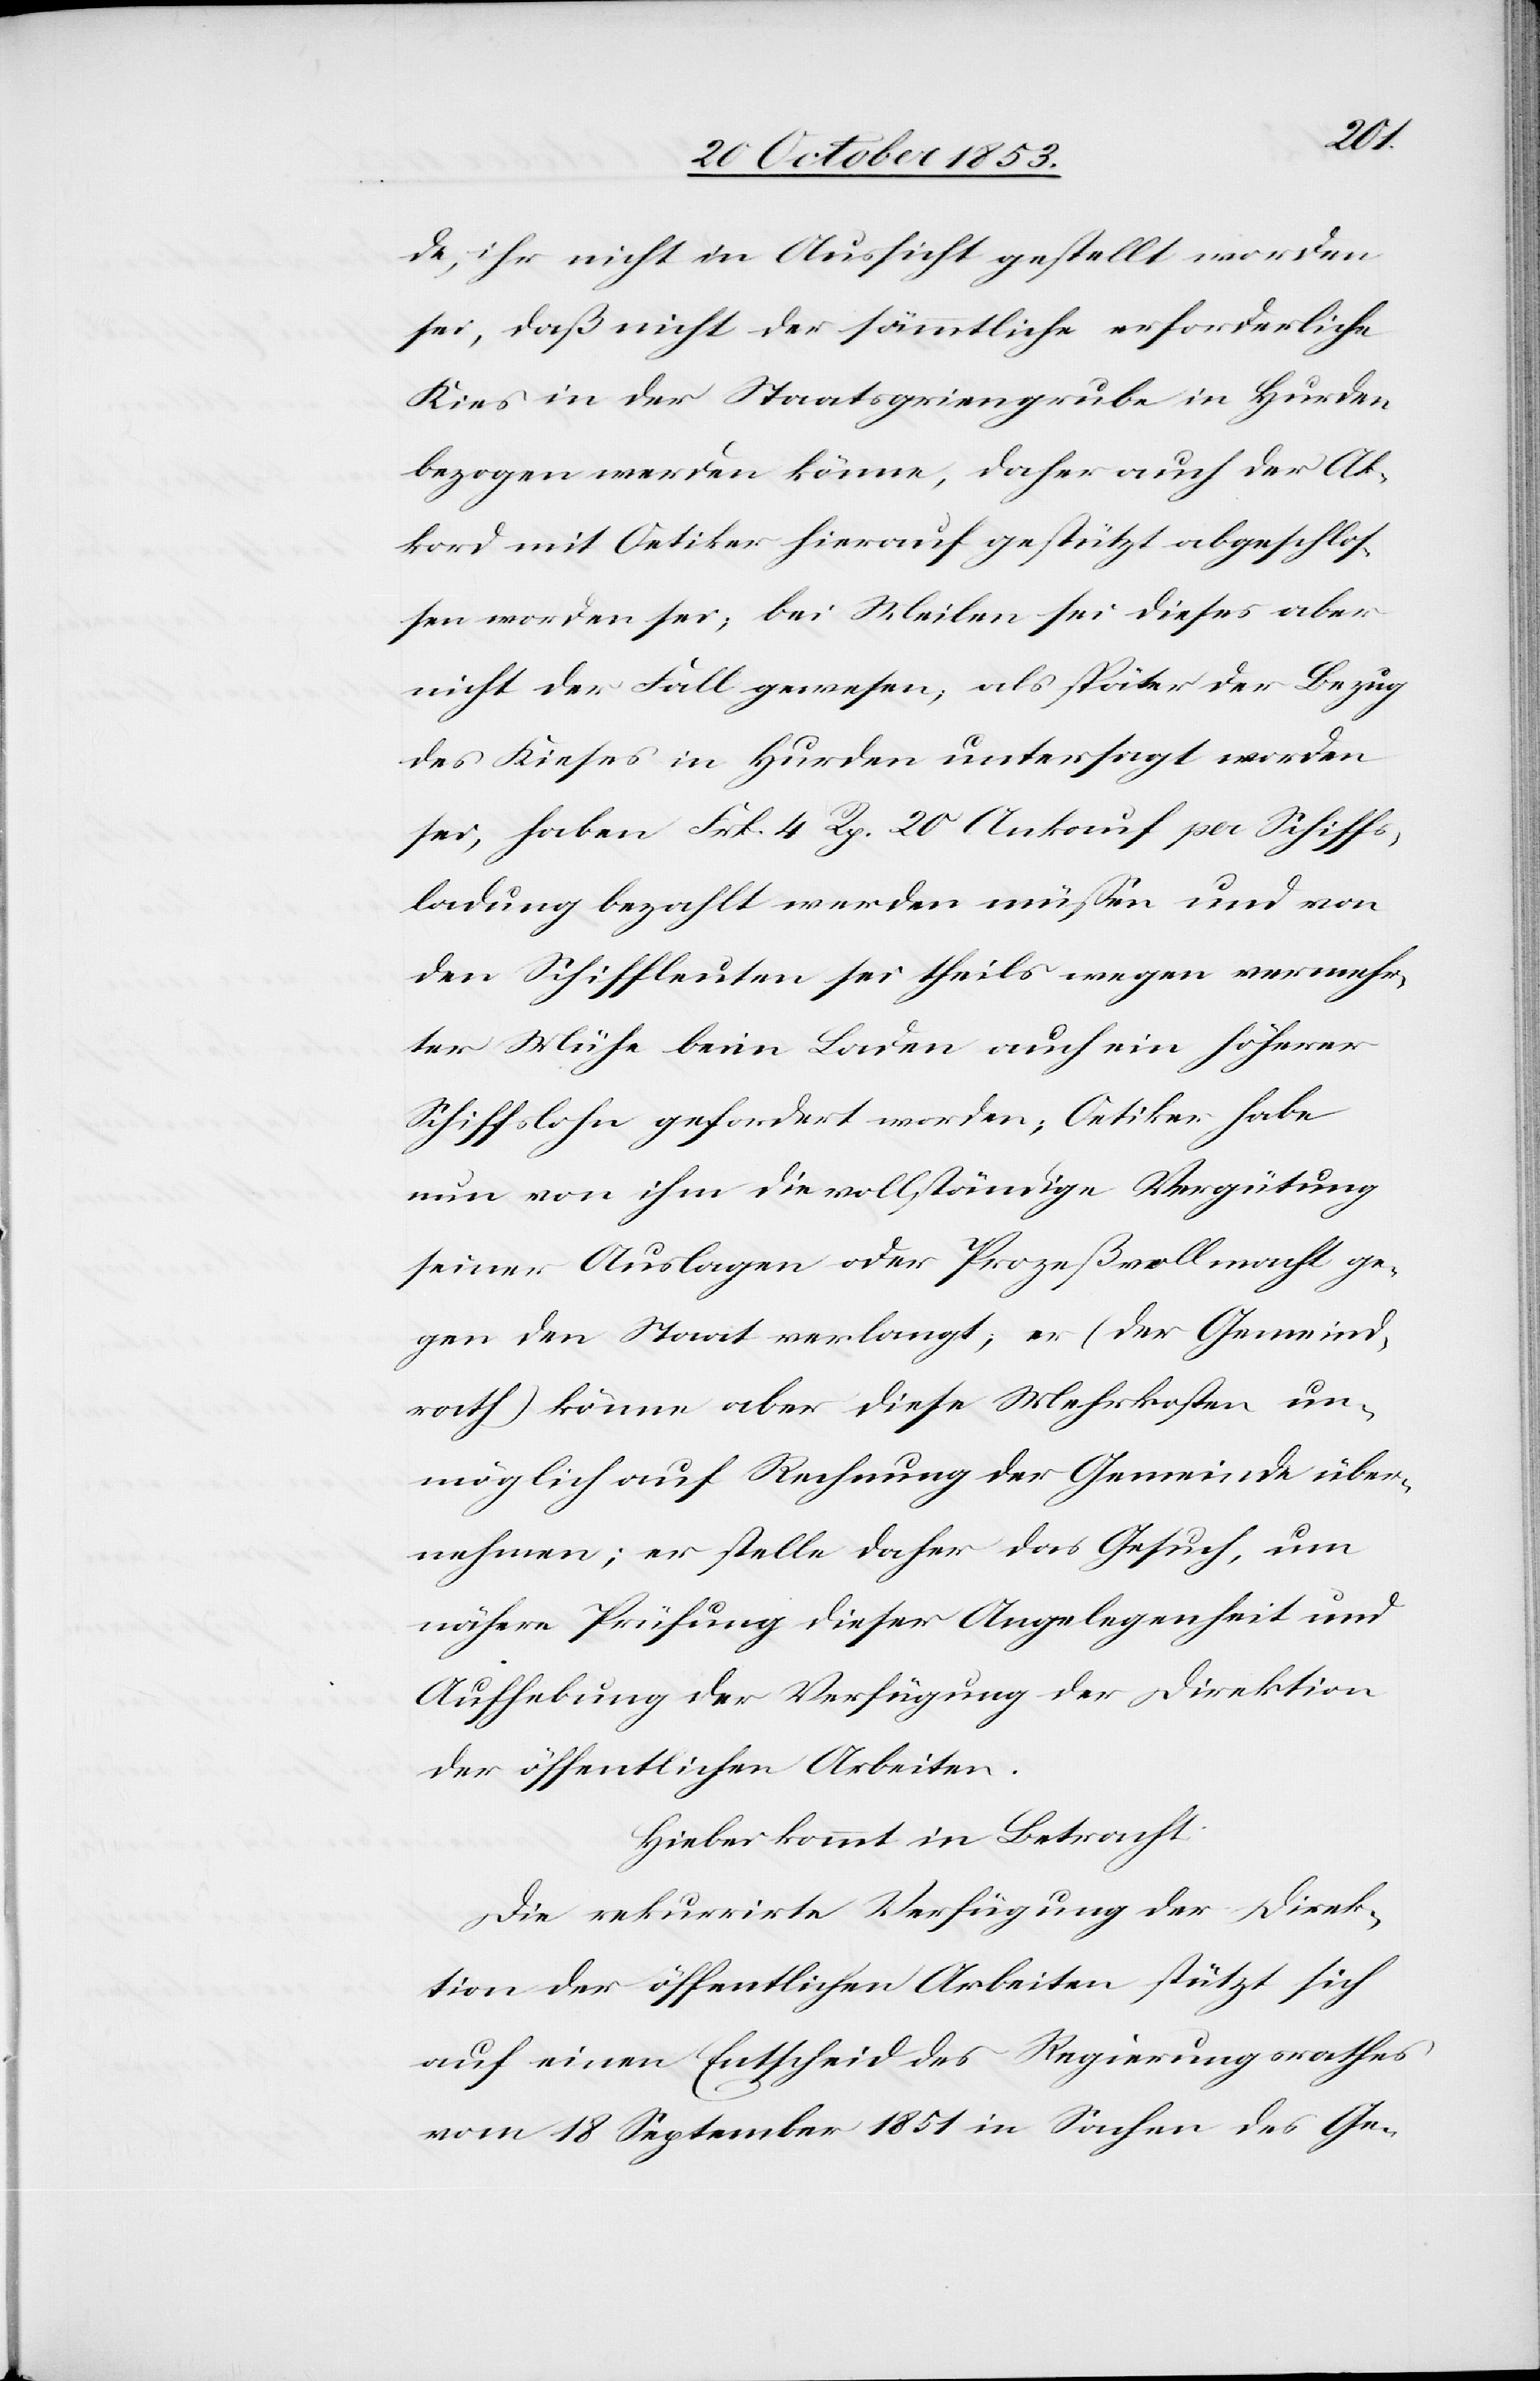
de, ihr nicht in Aussicht gestellt worden
sei, daß nicht der sämmtliche erforderliche
Kies in der Staatsgriengrube in Hurden
bezogen werden könne, daher auch der Ak¬
kord mit Oetiker hierauf gestützt abgeschlos¬
sen worden sei; bei Meilen sei dieses aber
nicht der Fall gewesen, als später der Bezug
des Kieses in Hurden untersagt worden
sei, haben Frk. 4 Rp. 20 Ankauf pro Schiffs¬
ladung bezahlt werden müßen und von
den Schiffleuten sei theils wegen vermehr¬
ter Mühe beim Laden auch ein früherer
Schiffslohn gefordert worden; Oetikon habe
nun von ihm die vollständige Vergütung
seiner Auslagen oder Prozeßvollmacht ge¬
gen den Staat verlangt, er (der Gemeind¬
rath) könne aber diese Mehrkosten un¬
möglich auf Rechnung de Gemeinde über¬
nehmen; er stelle daher das Gesuch, um
nähere Prüfung dieser Angelegenheit und
Aufhebung der Verfügung der Direktion
der öffentlichen Arbeiten.
Hiebei kommt in Betracht:
Die rekurrirte Verfügung der Direk¬
tion der öffentlichen Arbeiten stützt sich
auf einen Entscheid des Regierungsrathes
vom 18 September 1851 in Sachen des Ge-